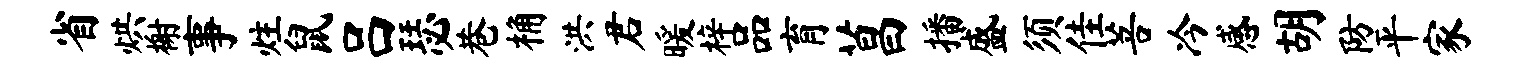
省烘榭事炷鼠吕瑟巷桷洪君暖梓品育菖播盛须佳菩冷感胡防平家